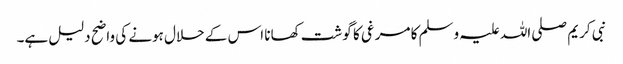
نبی کریم صلی اللہ علیہ وسلم کا مرغی کا گوشت کھانا اس کے حلال ہونے کی واضح دلیل ہے۔